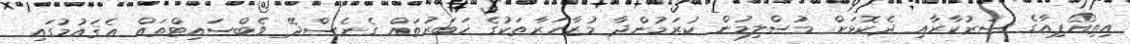
އިތިއޯޕިއާގެ ސަރުކާރާއި ދެކޮޅަށް މުސްލިމުން ކުރަމުންދާ މުޒާހަރާތަކުގެ ޚަބަރުތައް ގެނެސްދޭ ވެބްސައިޓްތައް އެޤައުމުގައި